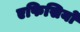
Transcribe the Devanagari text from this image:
एफिसियों